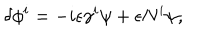
LaTeX: \delta \phi ^ { i } = - i \epsilon \gamma ^ { i } \psi + \epsilon N ^ { i } \psi ,